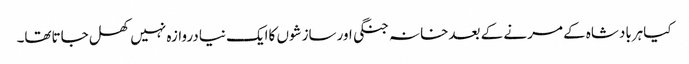
کیاہربادشاہ کے مرنے کے بعدخانہ جنگی اورسازشوں کاایک نیادروازہ نہیں کھل جاتاتھا۔